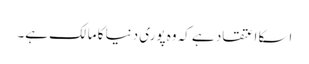
اسکا اعتقاد ہے کہ وه پوری دنیا کا مالک ہے۔